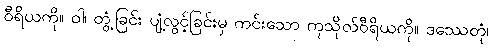
ဝီရိယကို။ ဝါ၊ တွံ့ခြင်း ပျံ့လွင့်ခြင်းမှ ကင်းသော ကုသိုလ်ဝီရိယကို။ ဒဿေတုံ၊